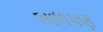
બાળપણ